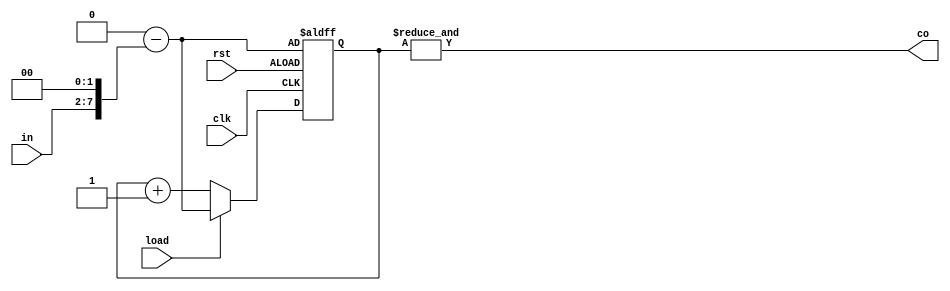
module Counter8Bit(output co, input[5:0] in, input clk, rst, load);
    reg[7:0] out;
    always@(posedge clk,negedge rst)begin
	if(~rst)
	    out <=  8'd256 - {in, 2'b00};
	else if(load)
            out <= 8'd256 - {in, 2'b00};
        else
	    out <= out + 1'b1;
	end
    assign co = &out;
endmodule